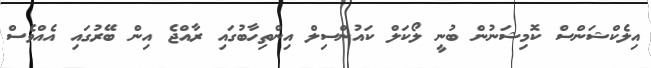
އިލެކްޝަންސް ކޮމިޝަނުން ބުނީ ލޯކަލް ކައުންސިލް އިންތިހާބުގައި ރާއްޖެ އިން ބޭރުގައި އެއްވެސް